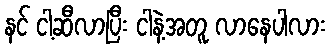
နင် ငါ့ဆီလာပြီး ငါနဲ့အတူ လာနေပါလား